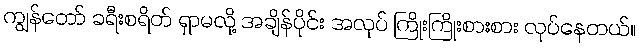
ကျွန်တော် ခရီးစရိတ် ရှာမလို့ အချိန်ပိုင်း အလုပ် ကြိုးကြိုးစားစား လုပ်နေတယ်။